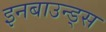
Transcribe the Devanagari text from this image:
इनबाउन्ड्स